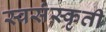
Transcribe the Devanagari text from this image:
स्वसंस्कृती